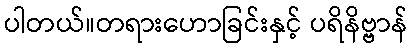
ပါတယ်။တရားဟောခြင်းနှင့် ပရိနိဗ္ဗာန်